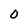
Character: 0